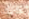
كيف